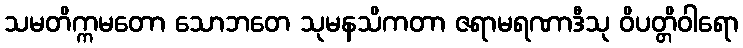
သမတိက္ကမတော သောဘတေ သုမနသိကတာ ဇရာမရဏာဒီသု ဝိပတ္တိဝါရော